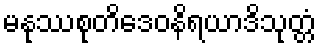
မနုဿစုတိဒေဝနိရယာဒိသုတ္တံ